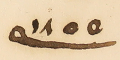
سنة ١٨٥٥